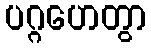
ပဂ္ဂဟေတွာ